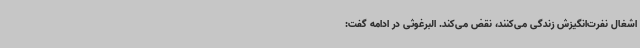
اشغال نفرت‌انگیزش زندگی می‌کنند، نقض می‌کند. البرغوثی در ادامه گفت: